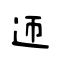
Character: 迊